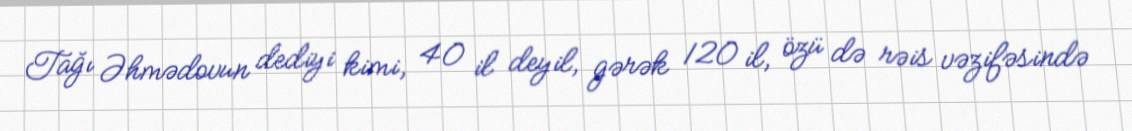
Tağı Əhmədovun dediyi kimi, 40 il deyil, gərək 120 il, özü də rəis vəzifəsində